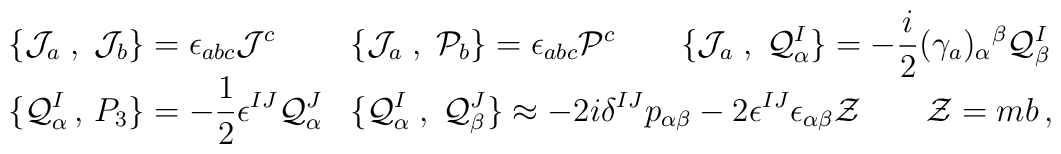
\begin{array}{ll}\displaystyle\{{\cal J}_a\;,\;{\cal J}_b\}=\epsilon_{abc}{\cal J}^c &\displaystyle\{{\cal J}_a\;,\;{\cal P}_b\}=\epsilon_{abc}{\cal P}^c \qquad\{{\cal J}_a\;,\;{\cal Q}^I_\alpha\}=-\frac{i}{2}(\gamma_a)_\alpha{}^\beta{\cal Q}^I_\beta\\ \displaystyle\{{\cal Q}^I_\alpha\,,\,P_3\}=-\frac12\epsilon^{IJ}{\cal Q}^J_\alpha&\displaystyle\{{\cal Q}^I_\alpha\;,\;{\cal Q}^J_\beta\}\approx-2i\delta^{IJ}p_{\alpha\beta}-2\epsilon^{IJ}\epsilon_{\alpha\beta}{\cal Z}\qquad  {\cal Z}=mb\,,\end{array}